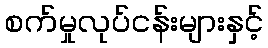
စက်မှုလုပ်ငန်းများနှင့်